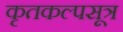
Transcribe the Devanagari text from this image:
कृतकल्पसूत्र